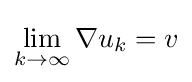
\lim _{k\to \infty }\nabla u_{k}=v